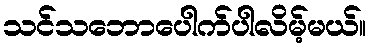
သင်သဘောပေါက်ပါလိမ့်မယ်။